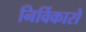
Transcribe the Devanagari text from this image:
निर्विकारो